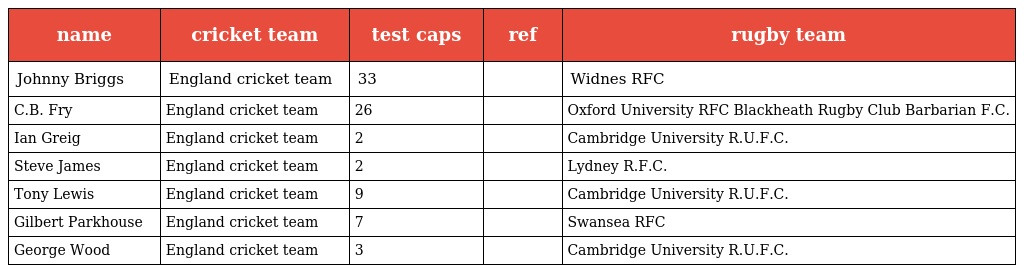
| name | cricket team | test caps | ref | rugby team |
 | --- | --- | --- | --- | --- |
 | Johnny Briggs | England cricket team | 33 |  | Widnes RFC |
 | C.B. Fry | England cricket team | 26 |  | Oxford University RFC Blackheath Rugby Club Barbarian F.C. |
 | Ian Greig | England cricket team | 2 |  | Cambridge University R.U.F.C. |
 | Steve James | England cricket team | 2 |  | Lydney R.F.C. |
 | Tony Lewis | England cricket team | 9 |  | Cambridge University R.U.F.C. |
 | Gilbert Parkhouse | England cricket team | 7 |  | Swansea RFC |
 | George Wood | England cricket team | 3 |  | Cambridge University R.U.F.C. |